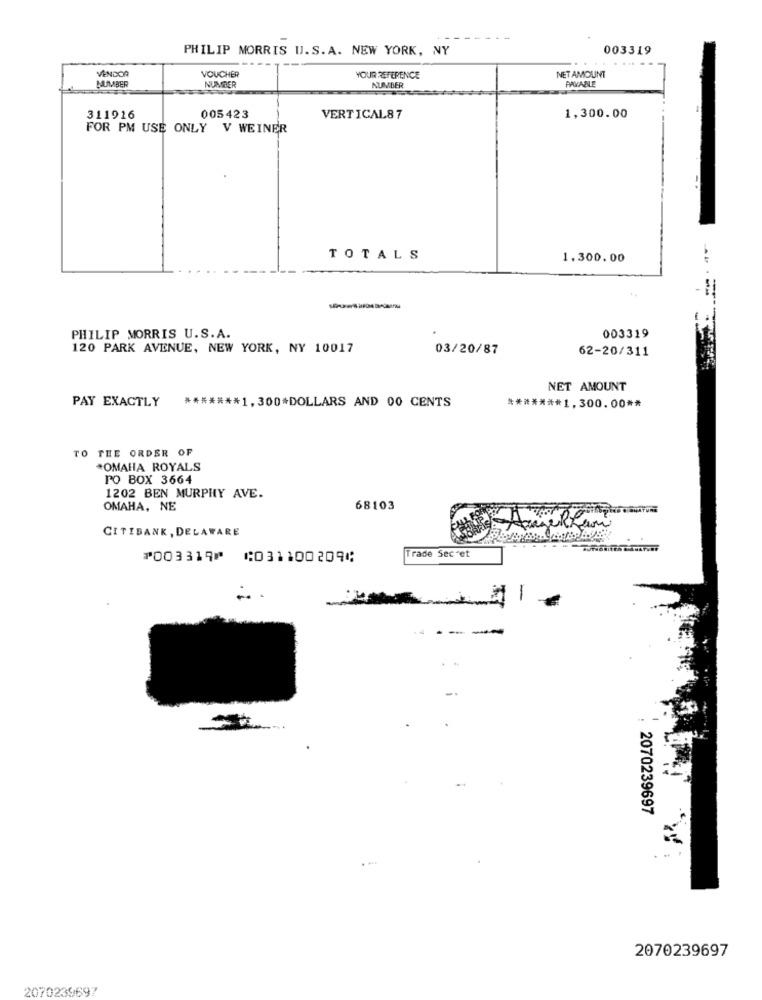
PHILIP MORRIS U.S.A. NEW YORK, NY
003319
.....
VENDOR
NUMBER
VOUCHER
NUMBER
YOUR REFERENCE
NET AMOUNT
PAVANLE
NUMBER
311916
005423
VERTICAL87
1,300.00
FOR PM USE ONLY V WEINER
TOTALS
1.300.00
---
003319
PHILIP MORRIS U.S.A.
120 PARK AVENUE, NEW YORK, NY 10017
03/20/87
62-20/311
NET AMOUNT
PAY EXACTLY
******* 1,300*DOLLARS AND 00 CENTS
******* 1,300.00 **
TO THE ORDER OF
*OMAHA ROYALS
Po BOX 3664
1202 BEN MURPHY AVE.
OMAHA, NE
68103
CITIBANK , DELAWARE
Trade Secret
⑈003319⑈ ⑆031100209⑆
.. .
-----
2070239697
...
2070239697
2070239697